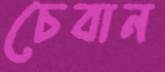
চেবান